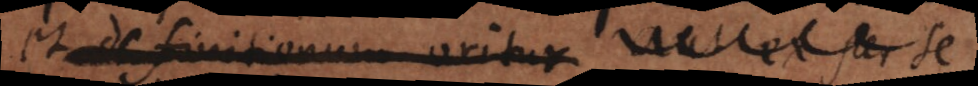
et definitionum oritur aut ex per se